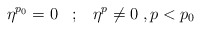
\begin{align*}\eta^{p_0} = 0\;\;\; ;\;\;\; \eta^p \neq 0\; , p<p_0\end{align*}